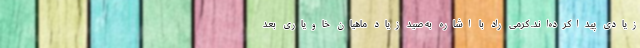
زیادی پیداکرده‌اند. کرمی راد با اشاره به صید زیاد ماهیان خاویاری بعد